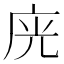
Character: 𭙛